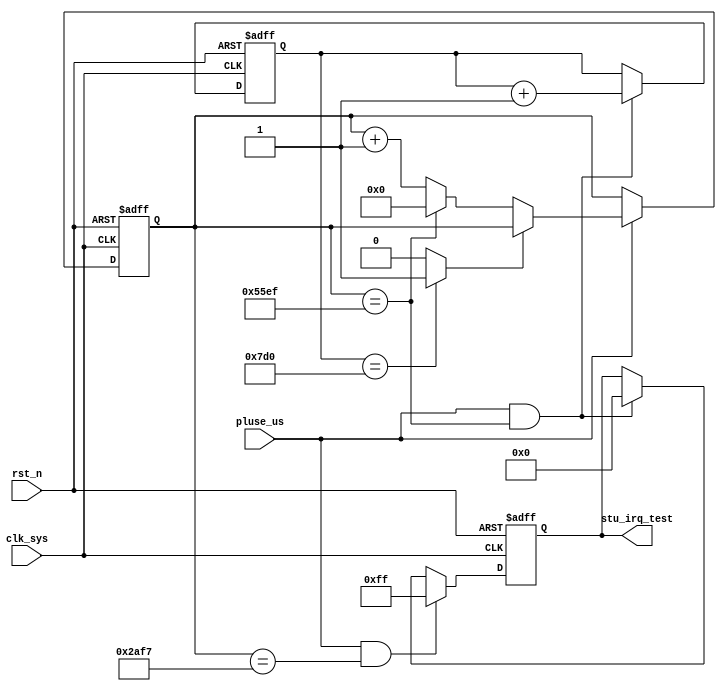
//gen_irq_test.v

module gen_irq_test(
stu_irq_test,
//clk rst
pluse_us,
clk_sys,
rst_n
);
output [7:0]	stu_irq_test;
//clk rst
input pluse_us;
input clk_sys;
input rst_n;
//-------------------------------------
//-------------------------------------

wire pluse_int;
wire pluse_int_half;
reg [29:0] cnt_us;
wire finish_pluse;
always @ (posedge clk_sys or negedge rst_n)	begin
	if(~rst_n)
		cnt_us <= 30'h0;
	else if(pluse_us) begin
		if(finish_pluse)
			;
		else 
			cnt_us <= (cnt_us == 30'd21_999) ? 30'h0 : (cnt_us + 30'h1);
	end else ;
end
assign pluse_int = pluse_us & (cnt_us == 30'd21_999);
assign pluse_int_half = pluse_us & (cnt_us == 30'd10_999);

reg [19:0] cnt_pluse;
always @ (posedge clk_sys or negedge rst_n)	begin
	if(~rst_n)
		cnt_pluse <= 20'h0;
	else if(pluse_int)
		cnt_pluse <= cnt_pluse + 20'h1;
	else ;
end
assign finish_pluse = (cnt_pluse == 20'd2000) ? 1'b1 : 1'b0;


//--------- output --------
reg [7:0]	stu_irq_test;
always @ (posedge clk_sys or negedge rst_n)	begin
	if(~rst_n)
		stu_irq_test <= 8'b0;
	else if(pluse_int_half)
		stu_irq_test <= 8'hff;
	else if(pluse_int)
		stu_irq_test <= 8'h00;
	else ;
end

endmodule